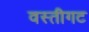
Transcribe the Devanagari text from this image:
वस्तीगट